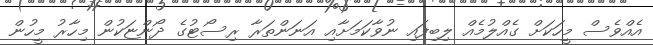
އެއްވެސް މީހަކަށް ގެއްލުމެއް ލިބިފައި ނުވާކަމަށާއި އަނަންތަރާ ރިސޯޓުގެ ދޯންޏަކުން މިހާރު މީހުން